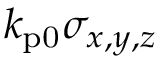
k _ { \mathrm { p 0 } } \sigma _ { x , y , z }